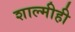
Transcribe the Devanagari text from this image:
शाल्मीही